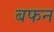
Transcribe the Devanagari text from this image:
बफन